Annual report of lunatic asylums [Bombay] - 1912-1922
Year: 1912
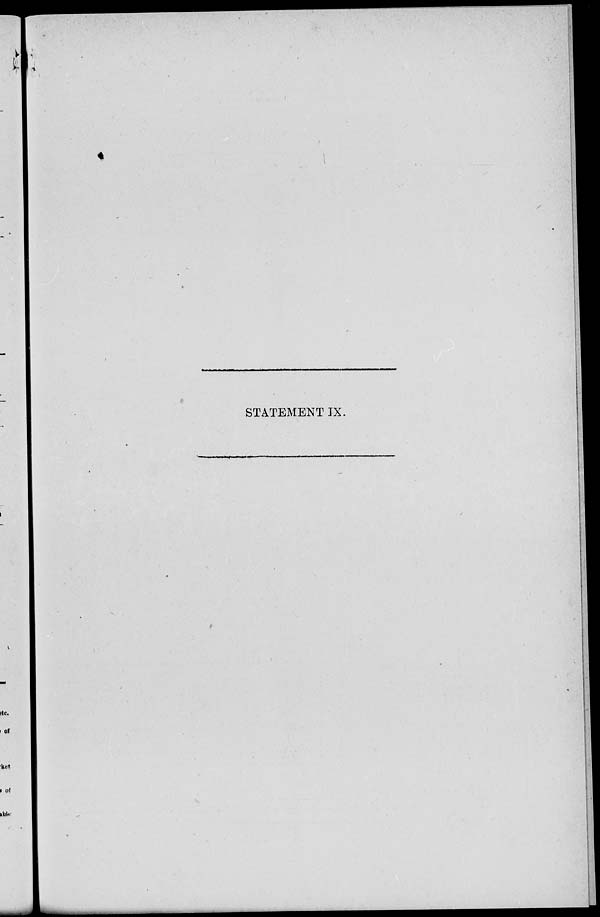
STATEMENT IX.